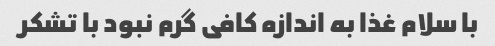
با سلام غذا به اندازه کافی گرم نبود با تشکر